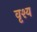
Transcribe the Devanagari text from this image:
वृश्य